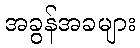
အခွန်အခများ